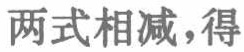
两式相减，得